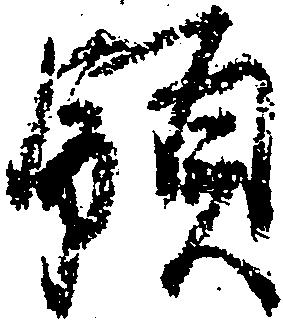
領